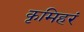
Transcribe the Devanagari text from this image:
कृमिहरं